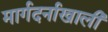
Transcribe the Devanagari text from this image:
मार्गदर्नाखाली